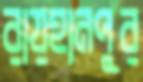
রায়হানপুর